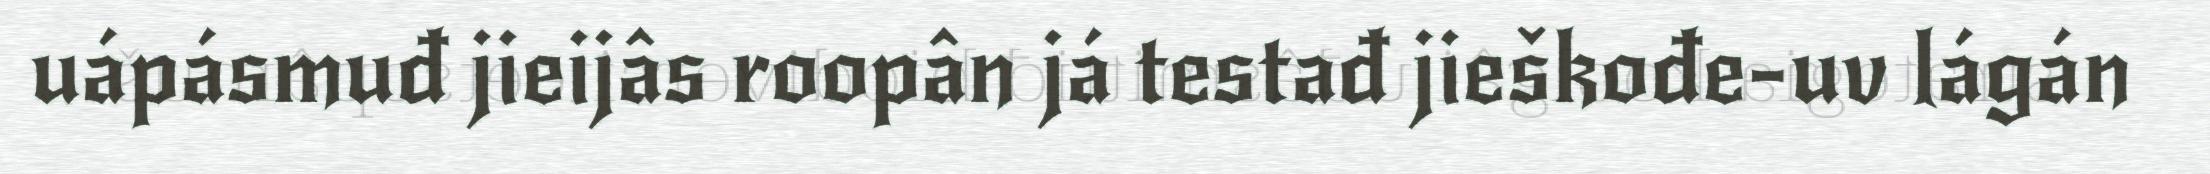
uápásmuđ jieijâs roopân já testađ jieškođe-uv lágán